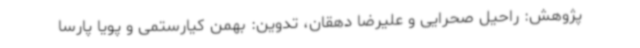
پژوهش: راحیل صحرایی و علیرضا دهقان، تدوین: بهمن کیارستمی و پویا پارسا